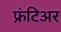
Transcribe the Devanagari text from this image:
फ्रंटिअर